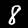
Digit: 8